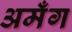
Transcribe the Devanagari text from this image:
अमँग